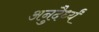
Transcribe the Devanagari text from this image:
अनुदैर्ध्यं